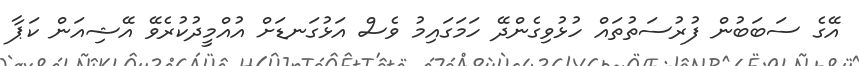
އޭގެ ސަބަބުން ފުރުސަތުތައް ހުޅުވިގެންދޭ ހަމަގައިމު ވެސް އަޅުގަނޑަށް އުއްމީދުކުރެވޭ އޭޝިއަން ކަޕާ